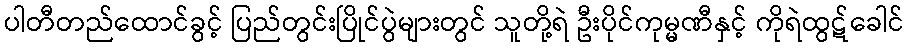
ပါတီတည်ထောင်ခွင့် ပြည်တွင်းပြိုင်ပွဲများတွင် သူတို့ရဲ ဦးပိုင်ကုမ္မဏီနှင့် ကိုရဲထွဋ်ခေါင်